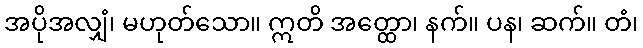
အပိုအလျှံ၊ မဟုတ်သော။ ဣတိ အတ္ထော၊ နက်။ ပန၊ ဆက်။ တံ၊